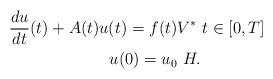
LaTeX: \begin{align*}\frac{du}{dt}(t) +A(t)u(t)=f(t) &V^\ast \ t \in [0,T]\\u(0)=u_0 & \ H.\end{align*}